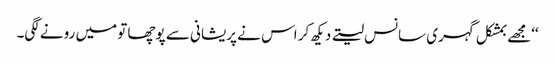
‘‘مجھے بمشکل گہری سانس لیتے دیکھ کر اس نے پریشانی سے پوچھا تو میں رونے لگی۔